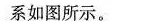
系如图所示。